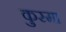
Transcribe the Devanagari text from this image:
कुस्मा